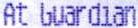
AT GUARDIAN